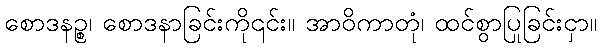
စောဒနဉ္စ၊ စောဒနာခြင်းကို၎င်း။ အာဝိကာတုံ၊ ထင်စွာပြုခြင်းငှာ။